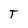
Character: T